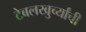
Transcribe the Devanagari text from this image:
टेबलखुर्च्यांची